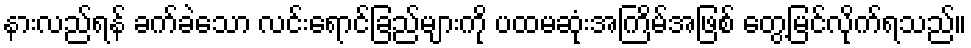
နားလည်ရန် ခက်ခဲသော လင်းရောင်ခြည်များကို ပထမဆုံးအကြိမ်အဖြစ် တွေ့မြင်လိုက်ရသည်။